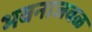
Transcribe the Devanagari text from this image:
भवनाजवळ